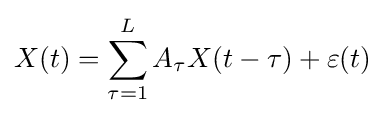
X(t)=\sum _{\tau =1}^{L}A_{\tau }X(t-\tau )+\varepsilon (t)